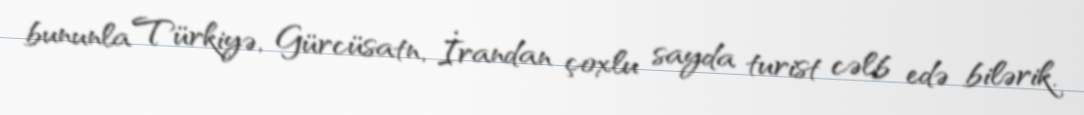
bununla Türkiyə, Gürcüsatn, İrandan çoxlu sayda turist cəlb edə bilərik.